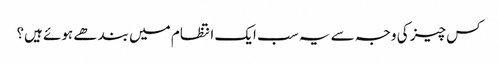
کس چیز کی وجہ سے یہ سب ایک انتظام میں بندھے ہوئے ہیں؟